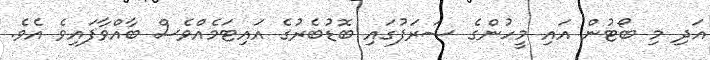
އަދި މި ބޯޓުން އައި މީހުންގެ ޝަރަފުގައި ބޮޑުބެރުގެ އައިޓަމެއްވެސް ބާއްވާފައިވެ އެވެ.